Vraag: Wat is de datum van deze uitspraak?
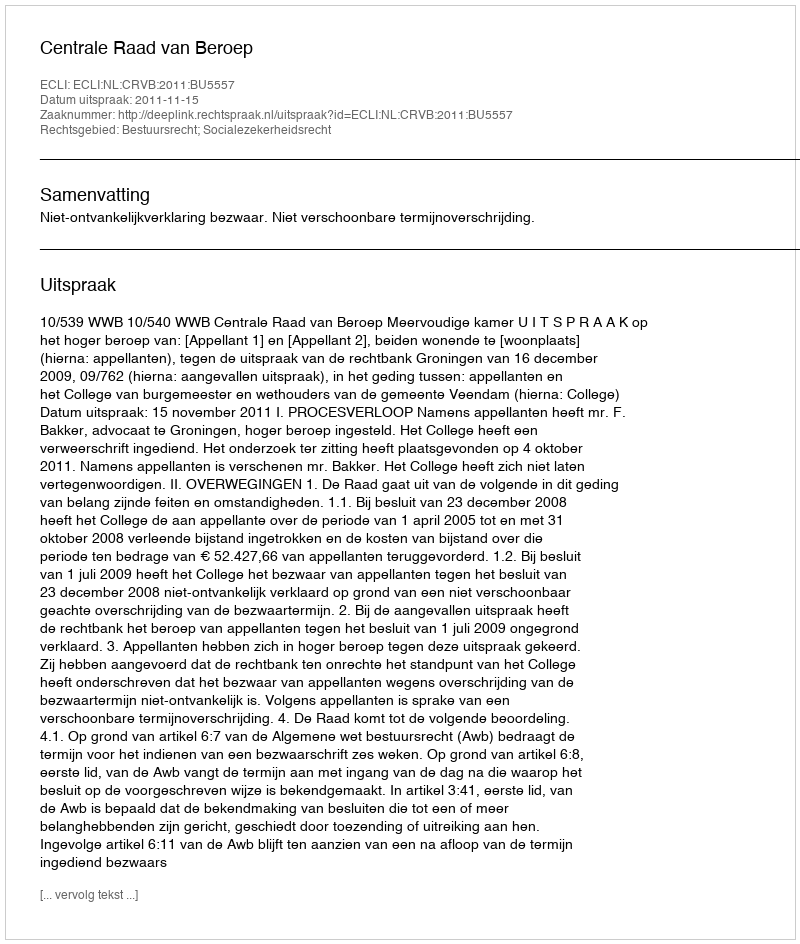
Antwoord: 2011-11-15